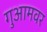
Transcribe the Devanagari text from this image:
गुआमवर